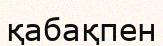
қабақпен